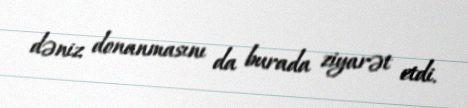
dəniz donanmasını da burada ziyarət etdi.